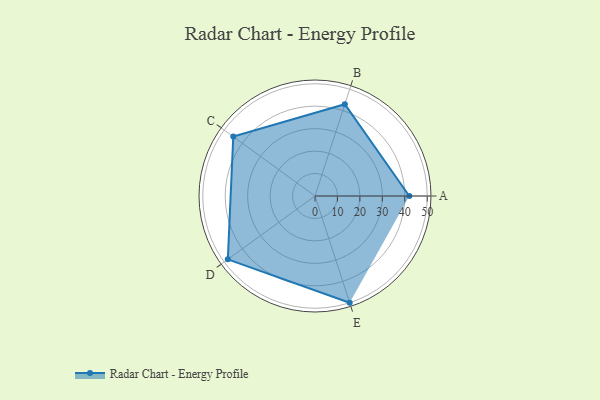
{"axis": {"x": "Skill", "y": "Score"}, "legend": ["Profile"], "data": [{"x": "A", "y": 42.0, "type": "Profile"}, {"x": "B", "y": 43.0, "type": "Profile"}, {"x": "C", "y": 45.0, "type": "Profile"}, {"x": "D", "y": 48.0, "type": "Profile"}, {"x": "E", "y": 50.0, "type": "Profile"}]}